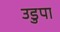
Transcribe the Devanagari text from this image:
उडुपा